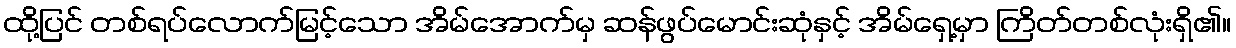
ထို့ပြင် တစ်ရပ်လောက်မြင့်သော အိမ်အောက်မှ ဆန်ဖွပ်မောင်းဆုံနှင့် အိမ်ရှေ့မှာ ကြိတ်တစ်လုံးရှိ၏။